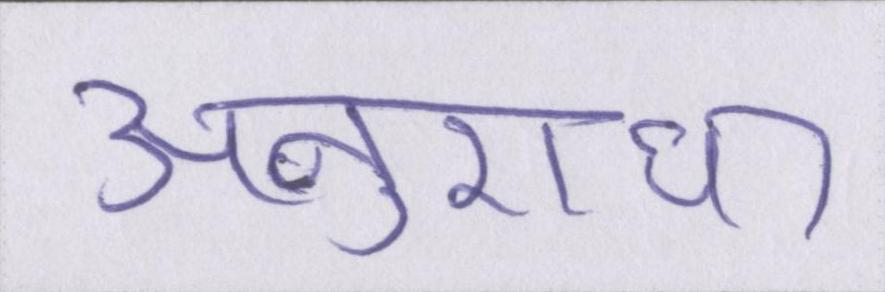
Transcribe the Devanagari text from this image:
अनुराधा